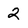
Character: 2